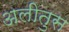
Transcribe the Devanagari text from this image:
अलीतुस